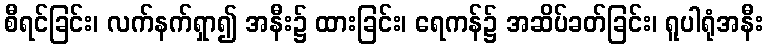
စီရင်ခြင်း၊ လက်နက်ရှာ၍ အနီး၌ ထားခြင်း၊ ရေကန်၌ အဆိပ်ခတ်ခြင်း၊ ရူပါရုံအနီး